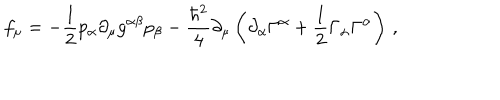
f _ { \mu } = - \frac { 1 } { 2 } p _ { \alpha } \partial _ { \mu } g ^ { \alpha \beta } p _ { \beta } - \frac { \hbar ^ { 2 } } { 4 } \partial _ { \mu } \left( \partial _ { \alpha } \Gamma ^ { \alpha } + \frac { 1 } { 2 } \Gamma _ { \alpha } \Gamma ^ { \alpha } \right) \, ,